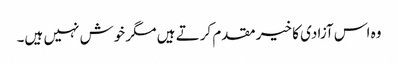
وہ اس آزادی کا خیر مقدم کرتے ہیں مگر خوش نہیں ہیں۔